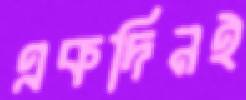
একদিনই